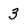
Character: 3